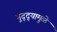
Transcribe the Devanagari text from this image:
मुद्‌द्‌यामुळे